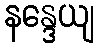
နန္ဒေယျ